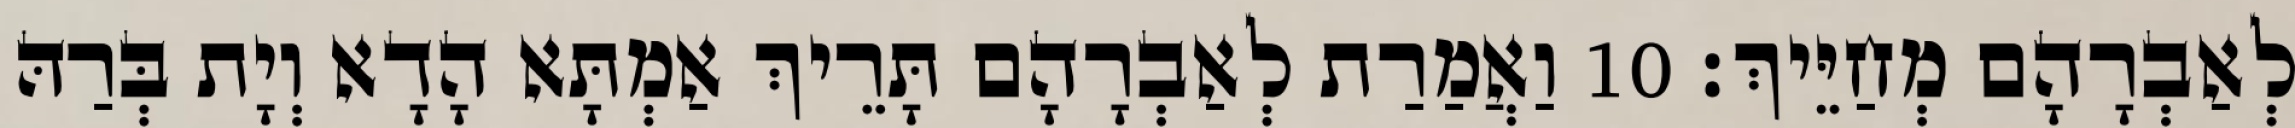
לְאַבְרָהָם מְחַיֵּיךְ׃ 10 וַאֲמַרַת לְאַבְרָהָם תָּרֵיךְ אַמְתָּא הָדָא וְיָת בְּרַהּ